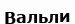
Вальли